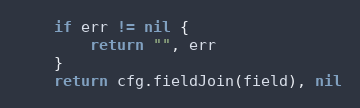
Language: Go
	if err != nil {
		return "", err
	}
	return cfg.fieldJoin(field), nil